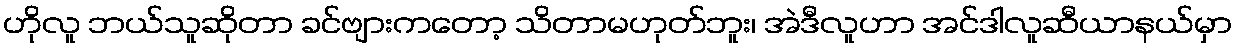
ဟိုလူ ဘယ်သူဆိုတာ ခင်ဗျားကတော့ သိတာမဟုတ်ဘူး၊ အဲဒီလူဟာ အင်ဒါလူဆီယာနယ်မှာ